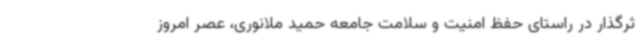
ثرگذار در راستای حفظ امنیت و سلامت جامعه حمید ملانوری، عصر امروز